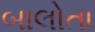
બાલોતા